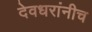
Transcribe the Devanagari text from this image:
देवधरांनीच